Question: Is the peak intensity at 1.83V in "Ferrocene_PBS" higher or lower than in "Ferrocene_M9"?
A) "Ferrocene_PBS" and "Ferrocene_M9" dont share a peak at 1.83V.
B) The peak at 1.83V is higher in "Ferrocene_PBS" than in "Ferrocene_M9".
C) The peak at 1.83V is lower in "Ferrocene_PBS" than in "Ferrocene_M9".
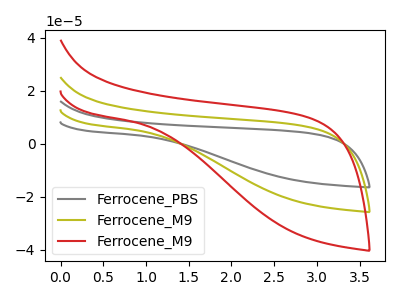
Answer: <think>The gray curve "Ferrocene_PBS" has no peaks. The olive curve "Ferrocene_M9" has no peaks. The red curve "Ferrocene_M9" has no peaks.</think>
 <answer>A) "Ferrocene_PBS" and "Ferrocene_M9" dont share a peak at 1.83V.</answer>
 <eval>A</eval>